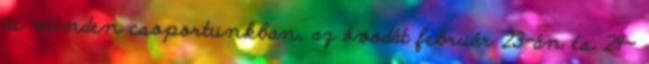
is minden csoportunkban, az óvodát február 23-án és 24-